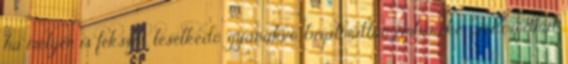
ha mélyen is fekszik, leselkedő, gyanakvó, bizalmatlan embereké. Fokozódhat